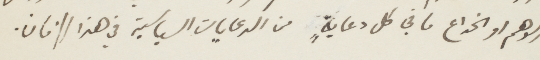
الوهم اوالخداع ما في كل دعاية من الدعايات السياسية في هذا الزمان.